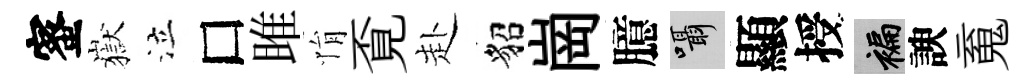
蜜嶽泣□雎悁覔赴貂崗臆囁顯授褊諛䰟